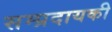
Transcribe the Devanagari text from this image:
सम्प्रदायकी